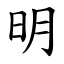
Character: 明